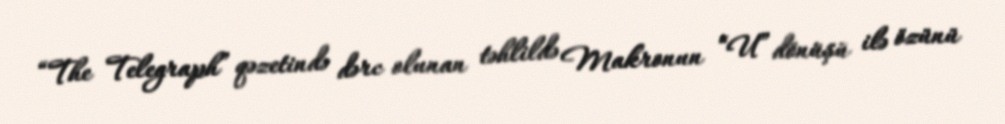
“The Telegraph” qəzetində dərc olunan təhlildə Makronun “U” dönüşü ilə özünü